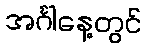
အင်္ဂါနေ့တွင်